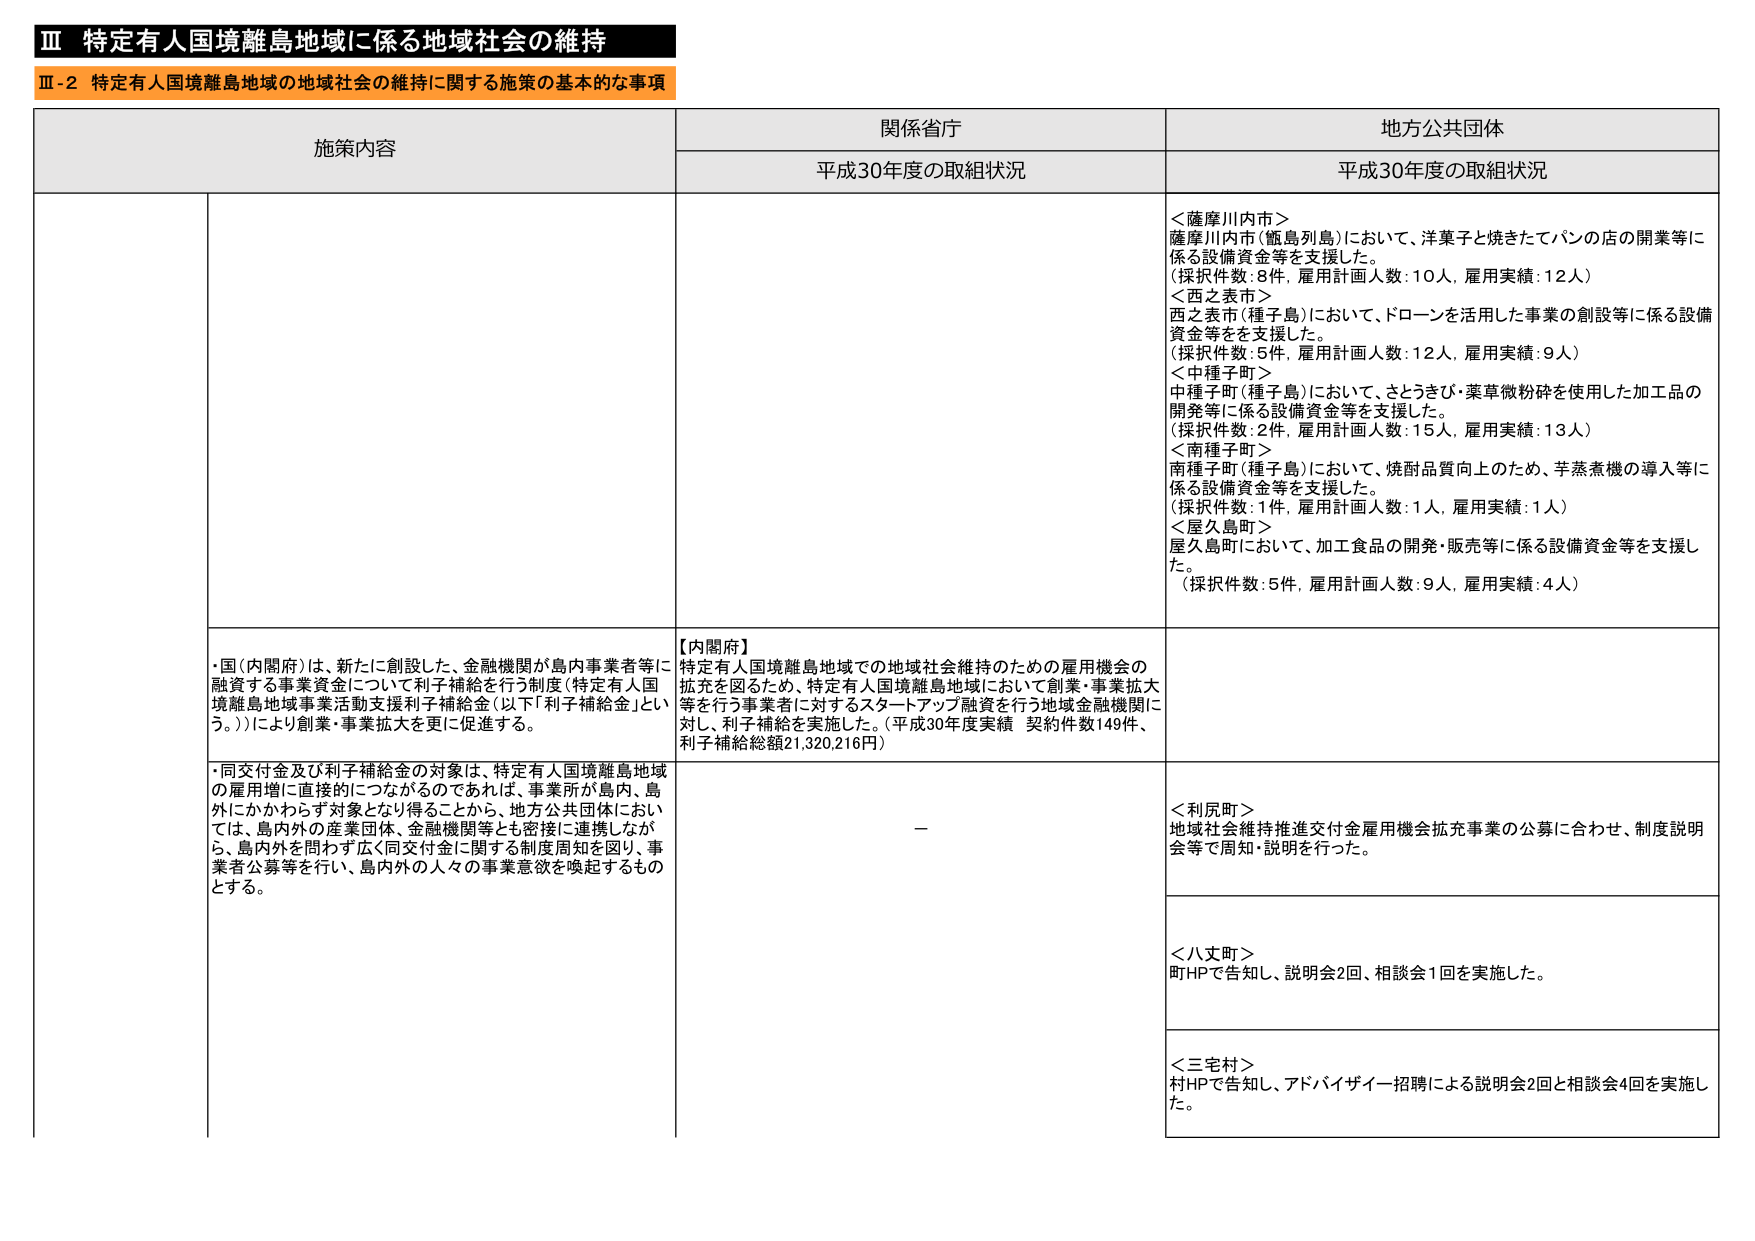
Ⅲ 特定有人国境離島地域に係る地域社会の維持
Ⅲ-2 特定有人国境離島地域の地域社会の維持に関する施策の基本的な事項

施策内容
関係省庁
地方公共団体

平成30年度の取組状況
平成30年度の取組状況

＜薩摩川内市＞
薩摩川内市（甑島列島）において、洋菓子と焼きたてパンの店の開業等に係る設備資金等を支援した。
（採択件数：8件，雇用計画人数：10人，雇用実績：12人）

＜西之表市＞
西之表市（種子島）において、ドローンを活用した事業の創設等に係る設備資金等を支援した。
（採択件数：5件，雇用計画人数：12人，雇用実績：9人）

＜中種子町＞
中種子町（種子島）において、さとうきび・薬草微粉砕を使用した加工品の開発等に係る設備資金等を支援した。
（採択件数：2件，雇用計画人数：15人，雇用実績：13人）

＜南種子町＞
南種子町（種子島）において、焼酎品質向上のため、芋蒸煮機の導入等に係る設備資金等を支援した。
（採択件数：1件，雇用計画人数：1人，雇用実績：1人）

＜屋久島町＞
屋久島町において、加工食品の開発・販売等に係る設備資金等を支援した。
（採択件数：5件，雇用計画人数：9人，雇用実績：4人）

・国（内閣府）は、新たに創設した、金融機関が島内事業者等に融資する事業資金について利子補給を行う制度（特定有人国境離島地域事業活動支援利子補給金（以下「利子補給金」という。））により創業・事業拡大を更に促進する。

【内閣府】
特定有人国境離島地域での地域社会維持のための雇用機会の拡充を図るため、特定有人国境離島地域において創業・事業拡大等を行う事業者に対するスタートアップ融資を行う地域金融機関に対し、利子補給を実施した。（平成30年度実績 契約件数149件、利子補給総額21,320,216円）

・同交付金及び利子補給金の対象は、特定有人国境離島地域の雇用増に直接的につながるのであれば、事業所が島内、島外にかかわらず対象となり得ることから、地方公共団体においては、島内外の産業団体、金融機関等とも密接に連携しながら、島内外を問わず広く同交付金に関する制度周知を図り、事業者公募等を行い、島内外の人々の事業意欲を喚起するものとする。

－

＜利尻町＞
地域社会維持推進交付金雇用機会拡充事業の公募に合わせ、制度説明会等で周知・説明を行った。

＜八丈町＞
町HPで告知し、説明会2回、相談会1回を実施した。

＜三宅村＞
村HPで告知し、アドバイザイー招聘による説明会2回と相談会4回を実施した。